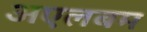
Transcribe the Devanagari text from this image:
अएलबम